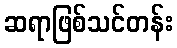
ဆရာဖြစ်သင်တန်း